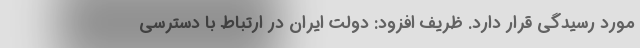
مورد رسیدگی قرار دارد. ظریف افزود: دولت ایران در ارتباط با دسترسی